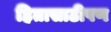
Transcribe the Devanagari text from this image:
हितासाठीपण